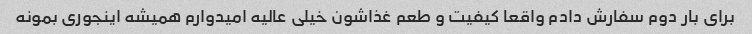
برای بار دوم سفارش دادم واقعا کیفیت و طعم غذاشون خیلی عالیه امیدوارم همیشه اینجوری بمونه